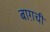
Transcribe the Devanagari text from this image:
बाग़ची